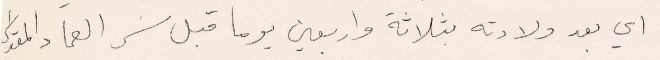
اي بعد ولادته بثلاثة واربعين يوما قبل سر العماد المقدس